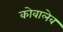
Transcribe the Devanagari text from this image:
कोवालेव